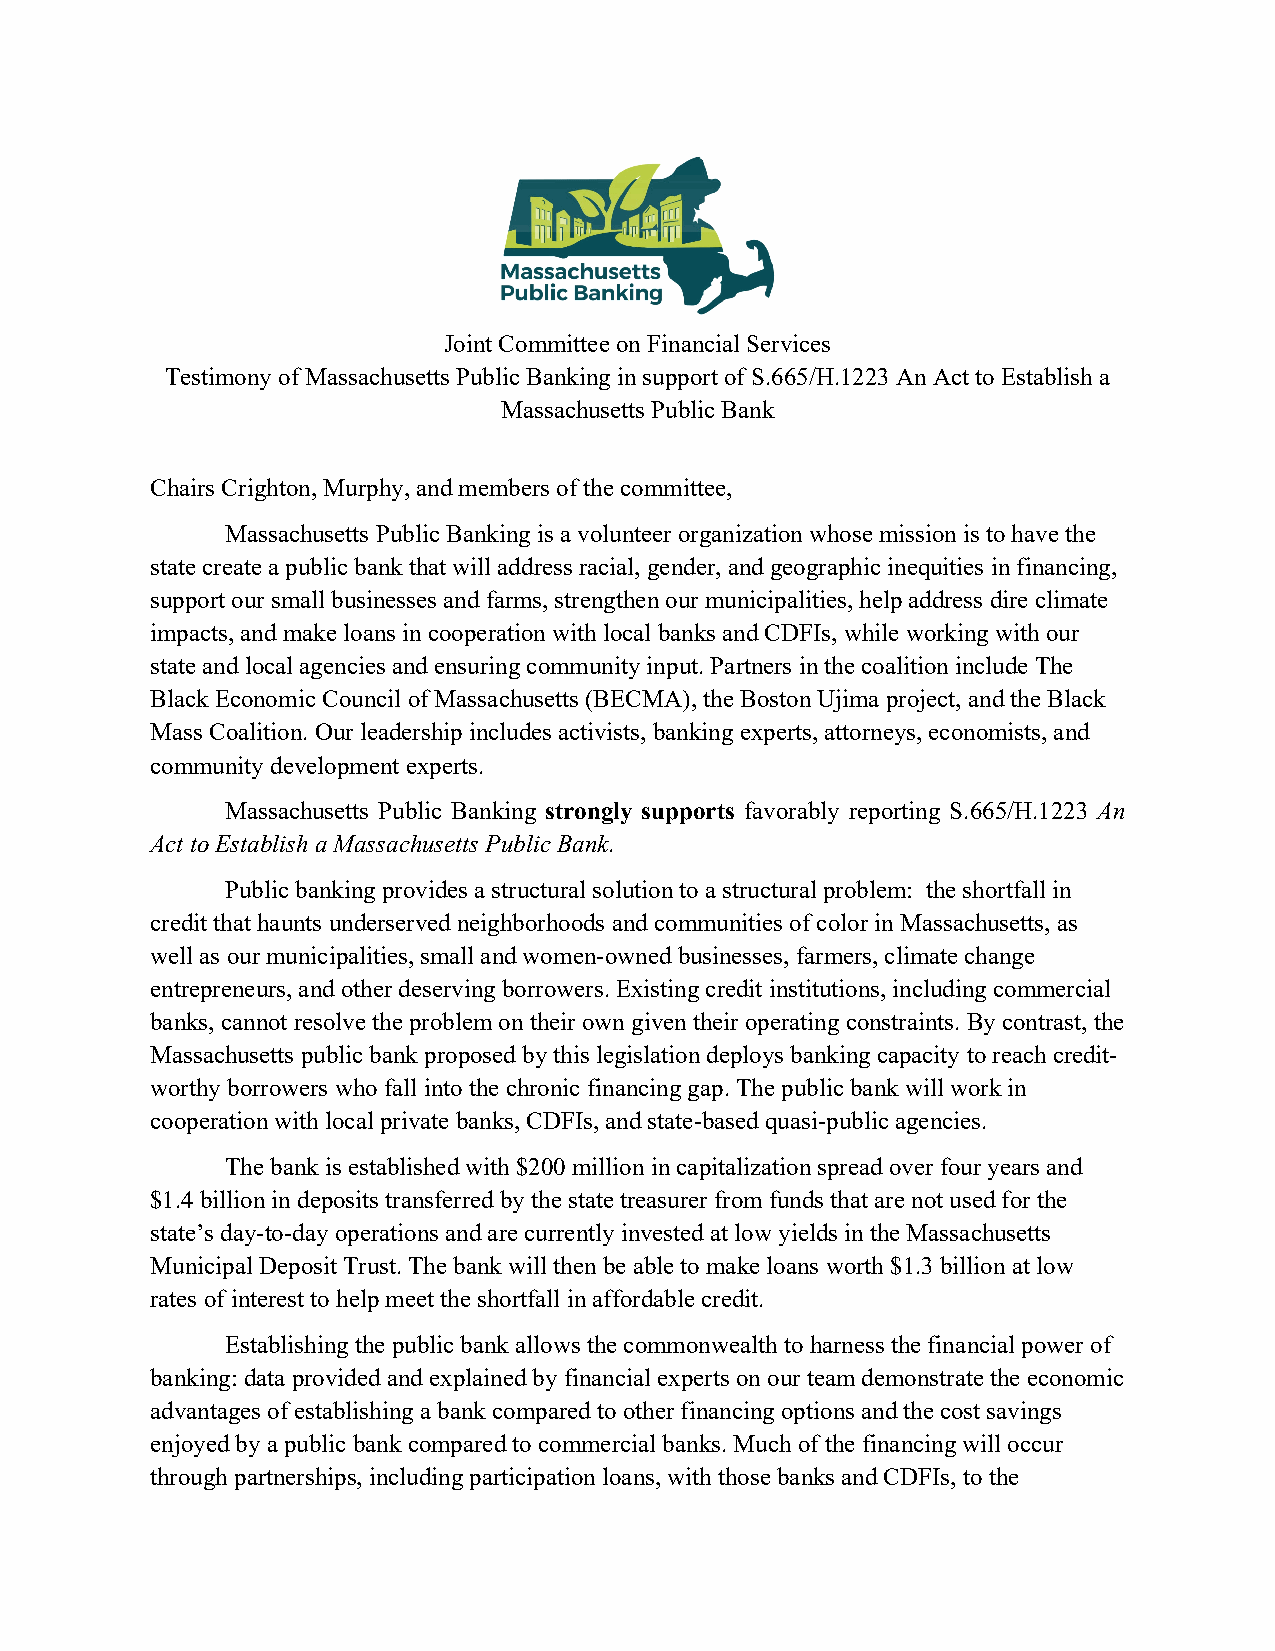
Joint Committee on Financial Services
 Testimony of Massachusetts Public Banking in support of S.665/H.1223 An Act to Establish a
 Massachusetts Public Bank
 Chairs Crighton, Murphy, and members of the committee,
 Massachusetts Public Banking is a volunteer organization whose mission is to have the
 state create a public bank that will address racial, gender, and geographic inequities in financing,
 support our small businesses and farms, strengthen our municipalities, help address dire climate
 impacts, and make loans in cooperation with local banks and CDFIs, while working with our
 state and local agencies and ensuring community input. Partners in the coalition include The
 Black Economic Council of Massachusetts (BECMA), the Boston Ujima project, and the Black
 Mass Coalition. Our leadership includes activists, banking experts, attorneys, economists, and
 community development experts.
 Massachusetts Public Banking strongly supports favorably reporting S.665/H.1223 An
 Act to Establish a Massachusetts Public Bank.
 Public banking provides a structural solution to a structural problem: the shortfall in
 credit that haunts underserved neighborhoods and communities of color in Massachusetts, as
 well as our municipalities, small and women-owned businesses, farmers, climate change
 entrepreneurs, and other deserving borrowers. Existing credit institutions, including commercial
 banks, cannot resolve the problem on their own given their operating constraints. By contrast, the
 Massachusetts public bank proposed by this legislation deploys banking capacity to reach credit-
 worthy borrowers who fall into the chronic financing gap. The public bank will work in
 cooperation with local private banks, CDFIs, and state-based quasi-public agencies.
 The bank is established with $200 million in capitalization spread over four years and
 $1.4 billion in deposits transferred by the state treasurer from funds that are not used for the
 state’s day-to-day operations and are currently invested at low yields in the Massachusetts
 Municipal Deposit Trust. The bank will then be able to make loans worth $1.3 billion at low
 rates of interest to help meet the shortfall in affordable credit.
 Establishing the public bank allows the commonwealth to harness the financial power of
 banking: data provided and explained by financial experts on our team demonstrate the economic
 advantages of establishing a bank compared to other financing options and the cost savings
 enjoyed by a public bank compared to commercial banks. Much of the financing will occur
 through partnerships, including participation loans, with those banks and CDFIs, to the